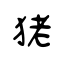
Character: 狫